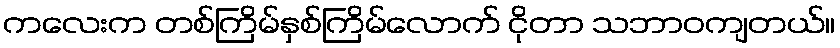
ကလေးက တစ်ကြိမ်နှစ်ကြိမ်လောက် ငိုတာ သဘာဝကျတယ်။